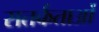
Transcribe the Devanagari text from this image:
सतर्कताओं